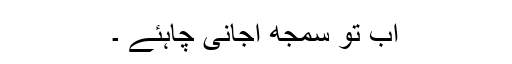
اب تو سمجھ آجانی چاہئے ۔